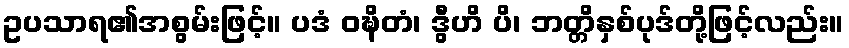
ဥပသာရ၏အစွမ်းဖြင့်။ ပဒံ ဝဍ္ဎိတံ၊ ဒွီဟိ ပိ၊ ဘတ္တိနှစ်ပုဒ်တို့ဖြင့်လည်း။